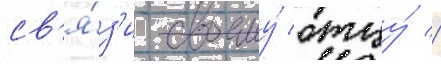
св'я́з'и своему́ отцу́ //